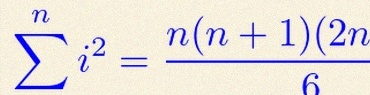
\sum_{i=1}^{n}i^2=\frac{n(n+1)(2n+1)}6